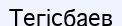
Тегісбаев